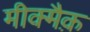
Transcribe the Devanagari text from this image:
मीक्मैक़